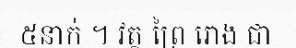
៥នាក់ ។ វត្ត ព្រៃ រោង ជា